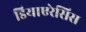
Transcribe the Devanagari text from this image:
डियाएरेसिस